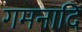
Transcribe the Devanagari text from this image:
गमनादि